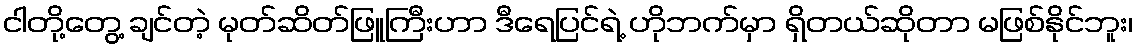
ငါတို့တွေ့ ချင်တဲ့ မုတ်ဆိတ်ဖြူကြီးဟာ ဒီရေပြင်ရဲ့ ဟိုဘက်မှာ ရှိတယ်ဆိုတာ မဖြစ်နိုင်ဘူး၊